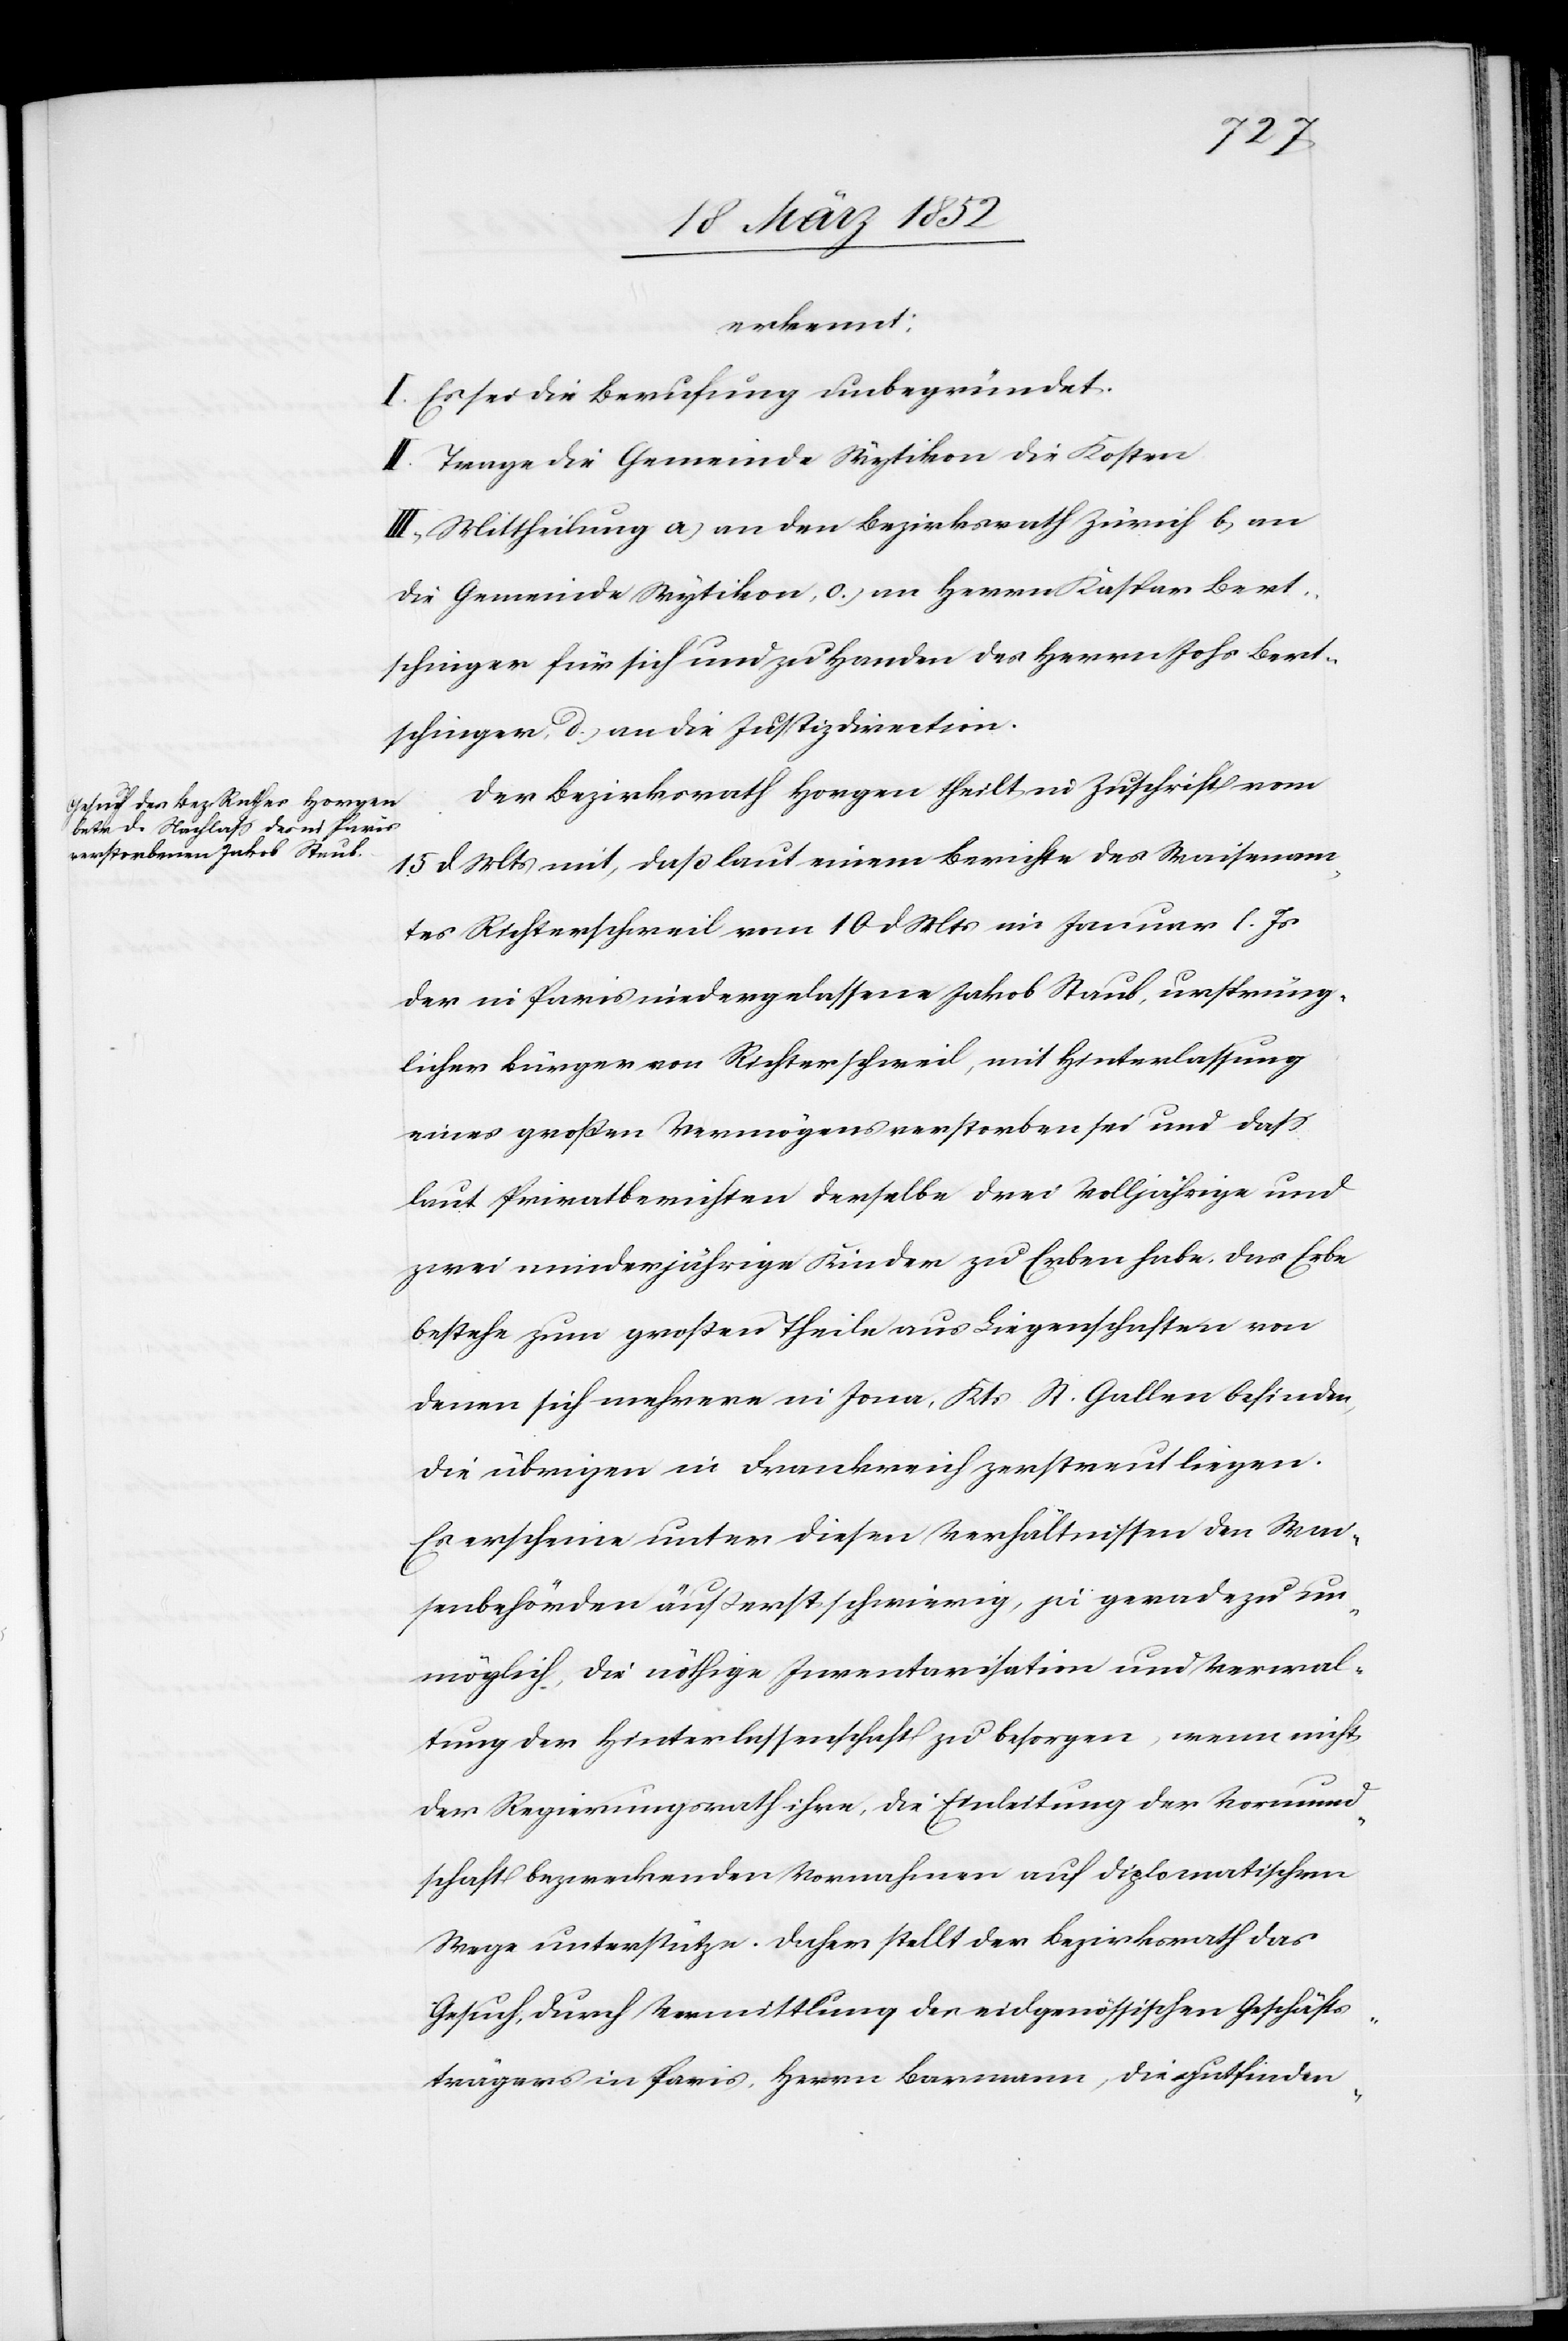
erkennt:
I. Es sei die Berufung unbegründet.
II. Trage die Gemeinde Wytikon die Kosten
III. Mittheilung a) an den Bezirksrath Zürich b) an
die Gemeinde Wytikon c) an Herrn Kaspar Bert¬
schinger für sich und zu Handen des Herrn Johs Bert¬
schinger d) an die Justizdirection.
Der Bezirksrath Horgen theilt in Zuschrift vom
15 d Mts mit, daß laut einem Berichte des Waisenam¬
tes Richterschweil vom 10 d Mts im Januar l. Js
der in Paris niedergelassene Jakob Staub, ursprüng¬
licher Bürger von Richterschweil, mit Hinterlassung
eines großen Vermögens verstorben sei und daß
laut Privatberichten derselbe drei Volljährige und
zwei minderjährige Kinder zu Erben habe, das Erbe
bestehe zum großen Theile aus Liegenschaften von
denen sich mehrere in Jona, Kts St. Gallen befinden,
die übrigen in Frankreich zerstreut liegen.
Es erscheine unter diesen Verhältnissen den Wai¬
senbehörden äußerst schwierig, ja geradezu un¬
möglich, die nöthige Inventarisation und Verwal¬
tung der Hinterlassenschaft zu besorgen, wenn nicht
der Regierungsrath ihre, die Einleitung der Vormund¬
schaft bezweckenden Vornahmen auf diplomatischem
Wege unterstütze. Daher stellt der Bezirksrath das
Gesuch, durch Vermittlung des eidgenössischen Geschäfts¬
trägers in Paris, Herrn Baumann, die gutfinden-